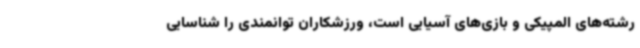
رشته‌های المپیکی و بازی‌های آسیایی است، ورزشکاران توانمندی را شناسایی